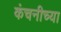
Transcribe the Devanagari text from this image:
कंचनीच्या